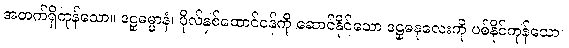
အတက်ရှိကုန်သော။ ဒဠှဓမ္မာနံ၊ ပိုလ်နှစ်ထောင်ဝန်ကို ဆောင်နိုင်သော ဒဠှဓနုလေးကို ပစ်နိုင်ကုန်သော။